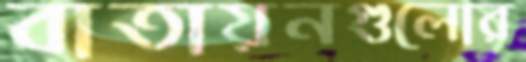
বাতায়নগুলোর